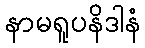
နာမရူပနိဒါနံ